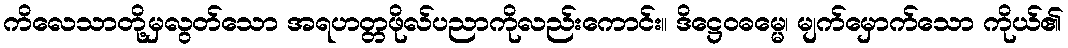
ကိလေသာတို့မှလွတ်သော အရဟတ္တဖိုလ်ပညာကိုလည်းကောင်း။ ဒိဋ္ဌေဝဓမ္မေ၊ မျက်မှောက်သော ကိုယ်၏